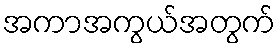
အကာအကွယ်အတွက်